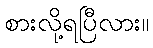
စားလို့ရပြီလား။